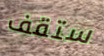
ستقف